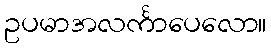
ဥပမာအလင်္ကာပေလော။